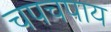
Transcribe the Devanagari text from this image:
चपचपाय